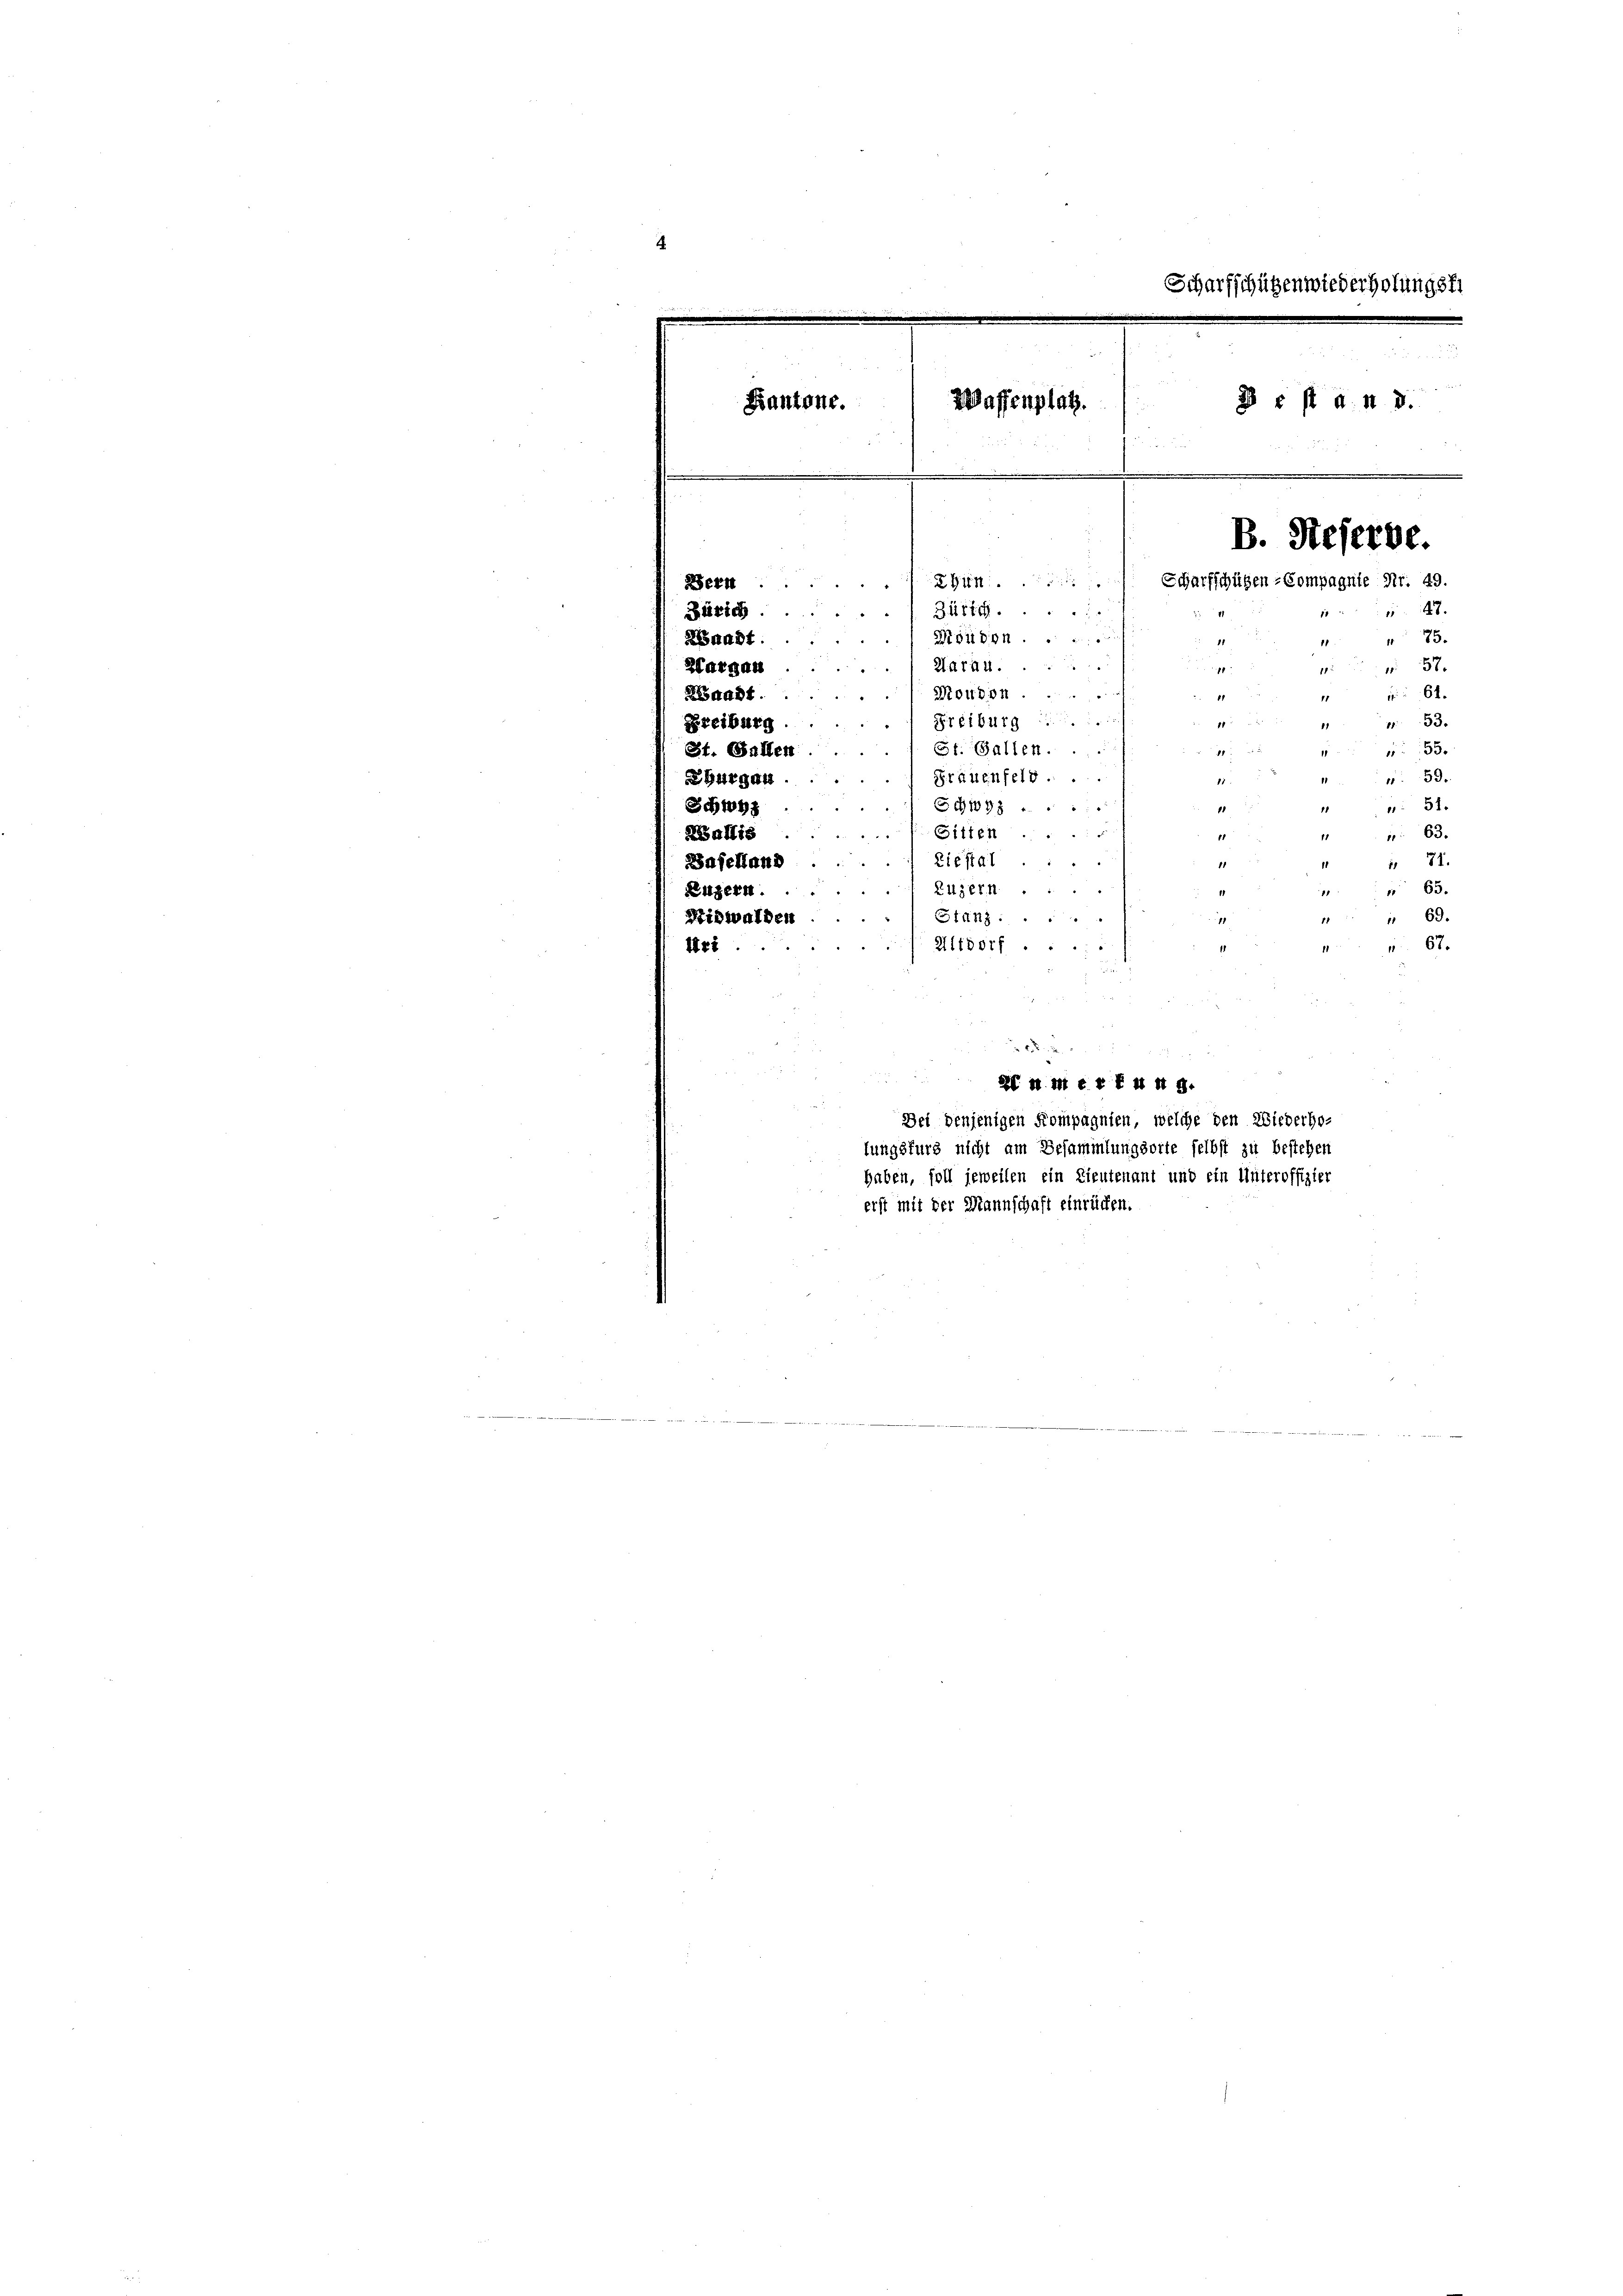
Scharfschützenwiederholungsfr

est a n 3.
Waffenplatz.
Kantone.
B. Heferbe.
Scharfschützen-Compagnie Nr. 49.
Bern Thun
47.
Bütti
Moudon.
" 85.
Haran.
M 50
Moudon.
" 61.
BBaadt.
153.
Freiburg
Freiburg
St. Gallen.
2
155.
St. Gallen
Präuenfeld. ..
v. 59.
Ehurgau.
11.
51.
Schwyz ......
11
Schwyz
77. 18
Sitten ......
11
Wallis
 63.
Ziestal
 74.
Baselland
11
Zuzern
 65.
Luzern.
" 69.
Stanz .....
1
Nidwalden
11
Altdorf ..
 67.
471
e

Zürich.
Waadt
Hargau

Bei denjenigen Kompagnien, welche den Wiederho-
lungsfurg nicht am Besammlungsorte selbst zu bestehen
haben, soll jeweilen ein Lieutenant und ein Unteroffizier
erst mit der Mannschaft einrücken.

2

2 M. Merkung.